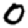
Digit: 0